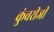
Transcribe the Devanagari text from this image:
कुंवरीजी